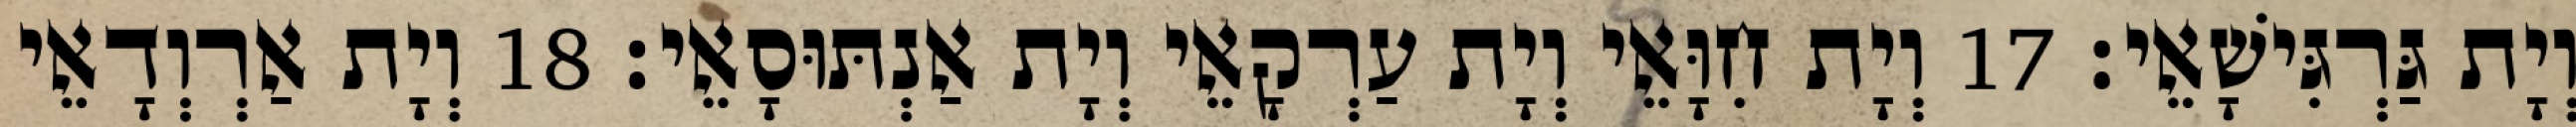
וְיָת גַּרְגִּישָׁאֵי׃ 17 וְיָת חִוָּאֵי וְיָת עַרְקָאֵי וְיָת אַנְתּוּסָאֵי׃ 18 וְיָת אַרְוְדָאֵי